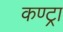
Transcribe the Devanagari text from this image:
कण्ट्रा